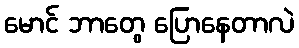
မောင် ဘာတွေ ပြောနေတာလဲ